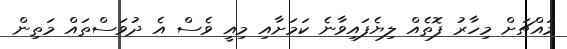
މައްޗަށް މިހާރު ފޮތެއް ލިޔެފައިވާނެ ކަމަށާއި މިއީ ވެސް އެ ދުވަސްތައް މަތިން